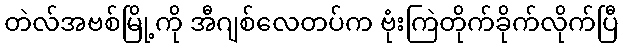
တဲလ်အဗစ်မြို့ကို အီဂျစ်လေတပ်က ဗုံးကြဲတိုက်ခိုက်လိုက်ပြီ